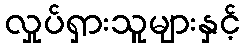
လှုပ်ရှားသူများနှင့်